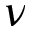
\nu